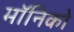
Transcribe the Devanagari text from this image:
मॉनिको